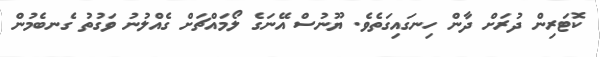
ކޮޓަރިން ދުރަށް ދާން ހިނގައިގަތެވެ. ޔޫނުސް އޭނަގެ ލޯމައްޗަށް ގެއްލުނު ވަގުތު ގެނބެމުން